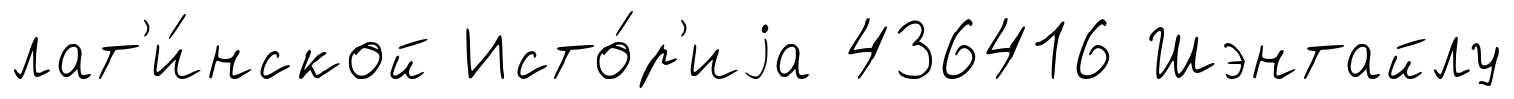
лат'и́нской Исто́р'иjа 436416 Шэнтайлу